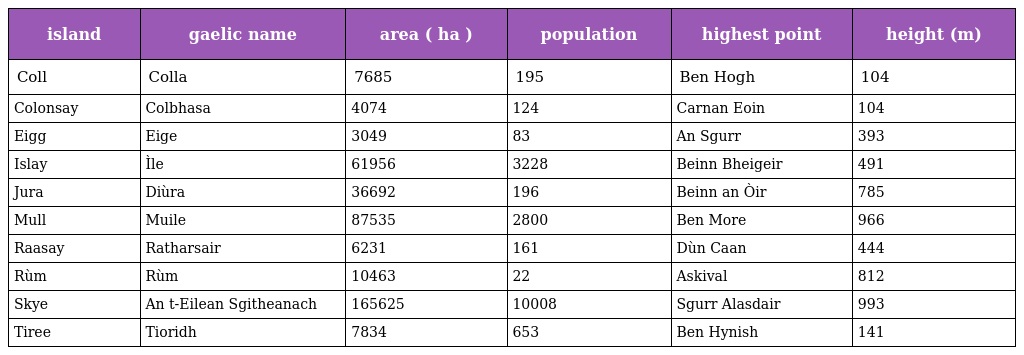
| island | gaelic name | area ( ha ) | population | highest point | height (m) |
 | --- | --- | --- | --- | --- | --- |
 | Coll | Colla | 7685 | 195 | Ben Hogh | 104 |
 | Colonsay | Colbhasa | 4074 | 124 | Carnan Eoin | 104 |
 | Eigg | Eige | 3049 | 83 | An Sgurr | 393 |
 | Islay | Ìle | 61956 | 3228 | Beinn Bheigeir | 491 |
 | Jura | Diùra | 36692 | 196 | Beinn an Òir | 785 |
 | Mull | Muile | 87535 | 2800 | Ben More | 966 |
 | Raasay | Ratharsair | 6231 | 161 | Dùn Caan | 444 |
 | Rùm | Rùm | 10463 | 22 | Askival | 812 |
 | Skye | An t-Eilean Sgitheanach | 165625 | 10008 | Sgurr Alasdair | 993 |
 | Tiree | Tioridh | 7834 | 653 | Ben Hynish | 141 |